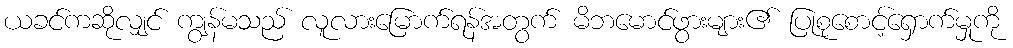
ယခင်ကဆိုလျှင် ကျွန်မသည် လူလားမြောက်ရန်အတွက် မိဘမောင်ဖွားများ၏ ပြုစုစောင့်ရှောက်မှုကို